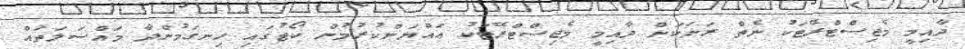
ދާއިމީ މެޖިސްޓްރޭޓަކު ނެތް ރަށަކަށް ދާއިމީ މެޖިސްޓްރޭޓަކު ޢައްޔަންކުރުމުން ކޯޓުގައި ހިނގަމުންދާ މައްސަލަތައް